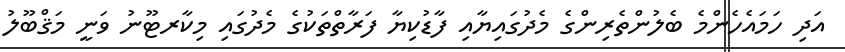
އަދި ހަމައެހެންމެ ބެލުންތެރިންގެ މެދުގައިޔާއި ފާޑުކިޔާ ފަރާތްތަކުގެ މެދުގައި މިކާރޓޫނު ވަނީ މަޤްބޫލު